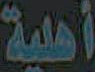
أهلية